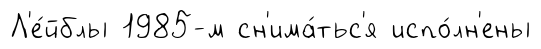
Л'е́йблы 1985-м сн'има́тьс'я испо́лн'ены